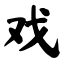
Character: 戏